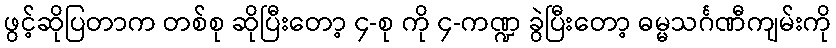
ဖွင့်ဆိုပြတာက တစ်စု ဆိုပြီးတော့ ၄-စု ကို ၄-ကဏ္ဍ ခွဲပြီးတော့ ဓမ္မသင်္ဂဏီကျမ်းကို